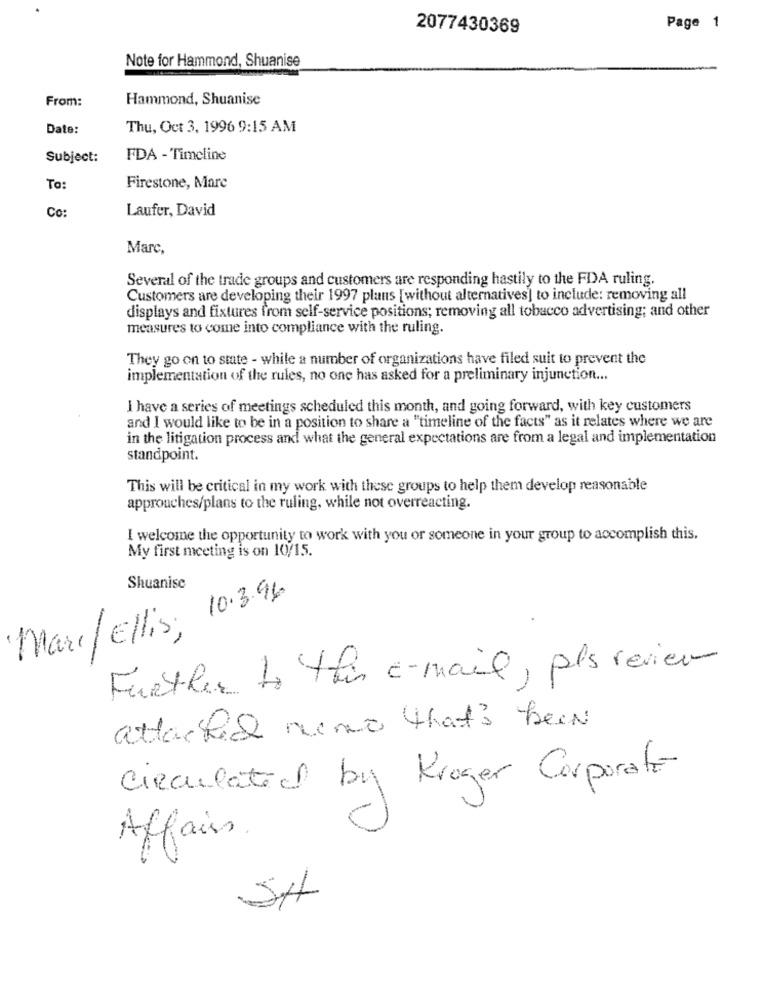
2077430369
Page 1
Note for Hammond, Shuanise
From:
Hammond, Shuanise
Date:
Thu, Oct 3, 1996 9:15 AM
Subject:
FDA - Timeline
To
Firestone, Mare
Co:
Laufer, David
Marc,
Several of the trade groups and customers are responding hastily to the FDA ruling.
Customers are developing their 1997 plans [without alternatives] to include: removing all
displays and fixtures from self-service positions; removing all tobacco advertising; and other
measures to come into compliance with the ruling.
They go on to state - while a number of organizations have filed suit to prevent the
implementation of the rules, no one has asked for a preliminary injunction ...
I have a series of meetings scheduled this month, and going forward, with key customers
and I would like to be in a position to share a "timeline of the facts" as it relates where we are
in the litigation process and what the general expectations are from a legal and implementation
standpoint.
This will be critical in my work with these groups to help them develop reasonable
approaches/plans to the ruling, while not overreacting.
I welcome the opportunity to work with you or someone in your group to accomplish this.
My first meeting is on 10/15.
Shuanise
Marc/ Ellis, 10.3.96
Further to this e-mail, pls review
attached numa that's been
Circulated by Kroger Corporate
Affairs .
SH